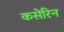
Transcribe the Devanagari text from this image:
कसेरिन